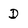
Character: D